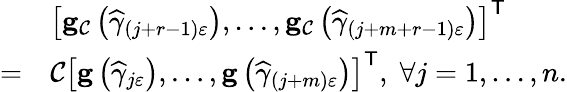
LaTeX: \begin{array}{rl}&{\left[\mathbf{g}_{\mathcal{C}}\left(\widehat{\gamma}_{\left(j+r-1\right)\varepsilon}\right),\ldots,\mathbf{g}_{\mathcal{C}}\left(\widehat{\gamma}_{\left(j+m+r-1\right)\varepsilon}\right)\right]^{\mathsf{T}}}\\ {=}&{\mathcal{C}\left[\mathbf{g}\left(\widehat{\gamma}_{j\varepsilon}\right),\ldots,\mathbf{g}\left(\widehat{\gamma}_{\left(j+m\right)\varepsilon}\right)\right]^{\mathsf{T}},\; \forall j=1,\ldots,n.}\end{array}